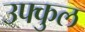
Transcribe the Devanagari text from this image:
उफ्कुल